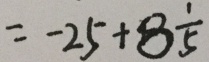
= - 2 5 + 8 \frac { 1 } { 5 }